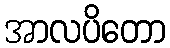
အာလပိတော